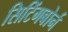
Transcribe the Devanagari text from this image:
सिटिंगबोर्न